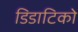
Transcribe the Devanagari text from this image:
डिडाटिको